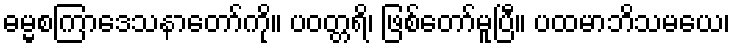
ဓမ္မစကြာဒေသနာတော်ကို။ ပဝတ္တရိ၊ ဖြစ်တော်မူပြီ။ ပထမာဘိသမယေ၊